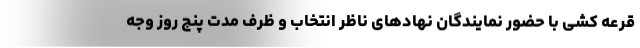
قرعه کشی با حضور نمایندگان نهادهای ناظر انتخاب و ظرف مدت پنج روز وجه